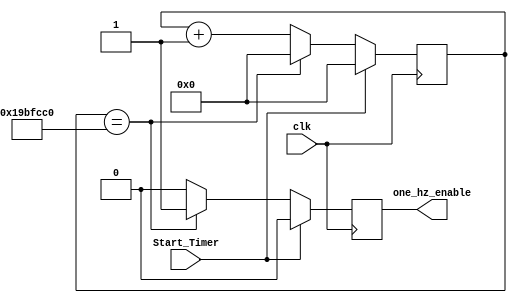
`timescale 1ns / 1ps
//////////////////////////////////////////////////////////////////////////////////
// Company: 
// Engineer: 
// 
// Design Name: 
// Module Name:    Divider 
// Project Name: 
// Target Devices: 
// Tool versions: 
// Description: 
//
// Dependencies: 
//
// Revision: 
// Revision 0.01 - File Created
// Additional Comments: 
//
//////////////////////////////////////////////////////////////////////////////////
module Divider #(parameter clock_27mhz=27000000)(input clk,input Start_Timer,
	output reg one_hz_enable);
	
	reg [25:0] counter=0;
	
	always @ (posedge clk) begin	 
		one_hz_enable<=0;		
		if (Start_Timer) begin
			counter<=0;
		end else if (counter==clock_27mhz) begin
			one_hz_enable<=1;
			counter<=0;
		end else begin
			counter<=counter+1;
		end
	end

endmodule